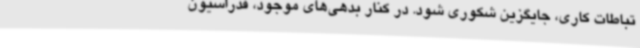
تباطات کاری، جایگزین شکوری شود. در کنار بدهی‌های موجود، فدراسیون